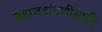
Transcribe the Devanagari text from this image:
जहाजबांधणीसाठी